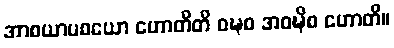
အာစယာပစယော ဟောတီတိ ဝဍ္ဎစ အဝဍ္ဎိစ ဟောတိ။